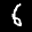
Label: 6